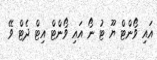
އައި ވޯންޓް ޔޫ ޓު ނޯ އައި ވޯންޓް އިޓް ދެޓް ވޭ